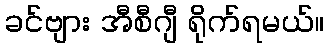
ခင်ဗျား အီစီဂျီ ရိုက်ရမယ်။